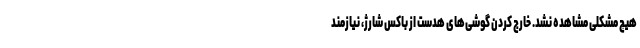
هیچ مشکلی مشاهده نشد. خارج کردن گوشی‌های هدست از باکس شارژ، نیازمند